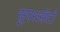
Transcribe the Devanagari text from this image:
सुपरऑटो